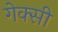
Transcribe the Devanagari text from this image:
गेक्सी